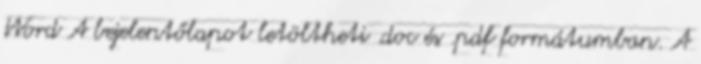
Word A bejelentőlapot letöltheti .doc és .pdf formátumban. A